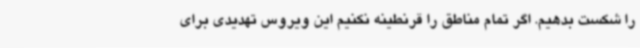
را شکست بدهیم. اگر تمام مناطق را قرنطینه نکنیم این ویروس تهدیدی برای